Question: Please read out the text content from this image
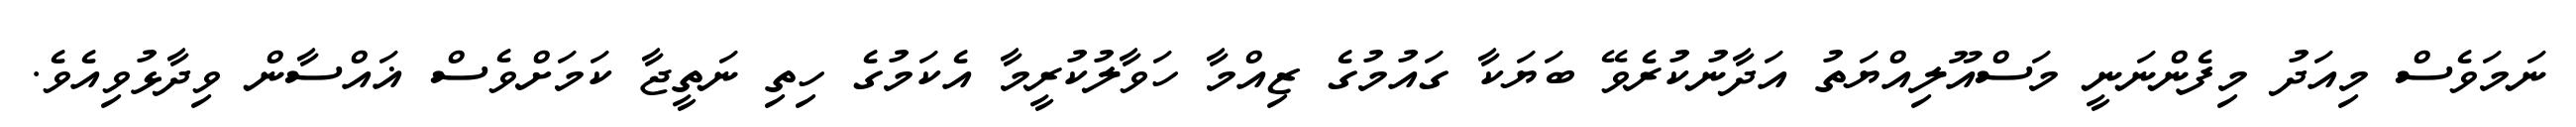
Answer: ނަމަވެސް މިއަދު މިފެންނަނީ މަސްއޫލިއްޔަތު އަދާނުކުރެވޭ ބަޔަކާ ގައުމުގެ ޒިއްމާ ހަވާލުކުރީމާ އެކަމުގެ ހިތި ނަތީޖާ ކަމަށްވެސް ޣައްސާން ވިދާޅުވިއެވެ.